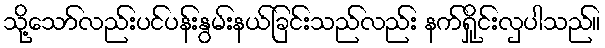
သို့သော်လည်းပင်ပန်းနွမ်းနယ်ခြင်းသည်လည်း နက်ရှိုင်းလှပါသည်။